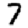
Digit: 7